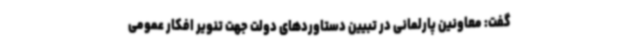
گفت: معاونین پارلمانی در تبیین دستاوردهای دولت جهت تنویر افکار عمومی